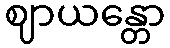
ဈာယန္တော